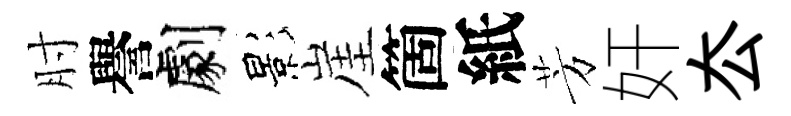
肘譽劇影崖箇紙芳奸厺